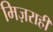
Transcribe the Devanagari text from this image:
मिज़राही